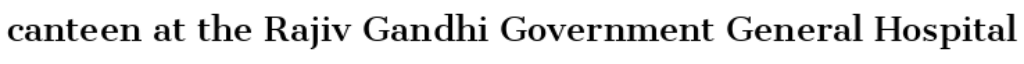
canteen at the Rajiv Gandhi Government General Hospital